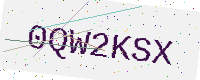
Text: 0QW2KSX